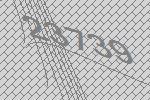
23739